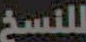
للنسخ